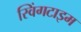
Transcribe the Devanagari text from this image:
स्विंगटाइम